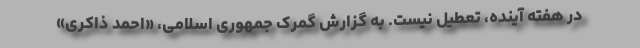
در هفته آینده، تعطیل نیست. به گزارش گمرک جمهوری اسلامی، «احمد ذاکری»